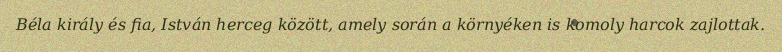
Béla király és fia, István herceg között, amely során a környéken is komoly harcok zajlottak.